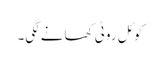
کوئل روٹی کھانے لگی۔